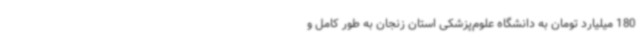
180 میلیارد تومان به دانشگاه علوم‌پزشکی استان زنجان به طور کامل و